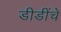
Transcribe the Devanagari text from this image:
डीडींचे